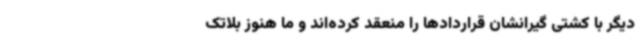
دیگر با کشتی گیرانشان قراردادها را منعقد کرده‌اند و ما هنوز بلاتک